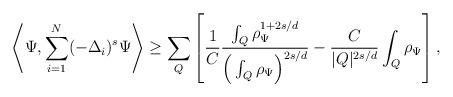
LaTeX: \begin{align*}\left\langle \Psi, \sum_{i=1}^N (-\Delta_{i})^s \Psi \right\rangle \ge \sum_Q \left[\frac{1}{C}\frac{\int_Q \rho_\Psi^{1+2s/d}}{\Big(\int_Q \rho_\Psi \Big)^{2s/d}} - \frac{C}{|Q|^{2s/d}} \int_Q \rho_\Psi \right],\end{align*}